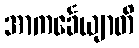
အာကင်္ခေယျာတိ